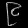
Digit: ၉